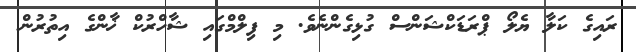
ރައިގެ ކަލާ ޔެލޯ ޕްރަޑަކްޝަންސް ގުޅިގެންނެވެ. މި ފިލްމްގައި ޝާހްރުކް ޚާންގެ އިތުރުން